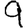
Digit: 9